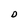
Character: D